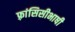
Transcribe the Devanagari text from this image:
फ़्रांसिसीभाषी